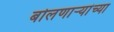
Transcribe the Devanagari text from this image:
बोलणाऱ्यांच्या